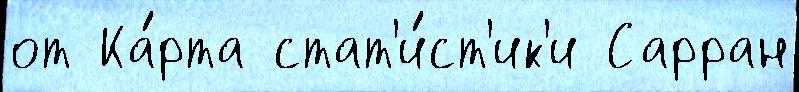
от Ка́рта стат'и́ст'ик'и Сарран